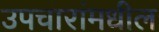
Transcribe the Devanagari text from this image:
उपचारांमधील